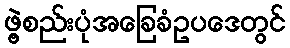
ဖွဲ့စည်းပုံအခြေခံဥပဒေတွင်